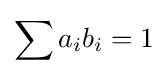
\sum a_{i}b_{i}=1